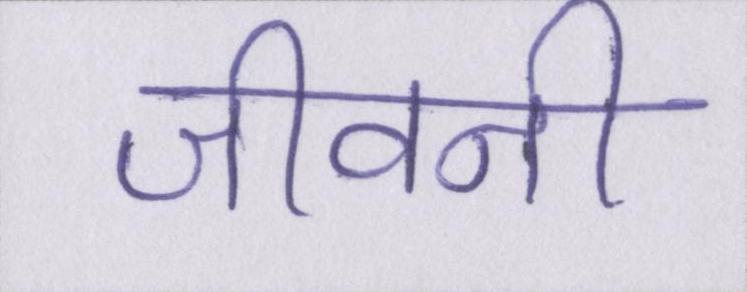
जीवनी